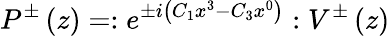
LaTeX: P^{\pm}\left(z\right)=:e^{\pm i\left(C_{1}x^{3}-C_{3}x^{0}\right)}:V^{\pm}\left(z\right)